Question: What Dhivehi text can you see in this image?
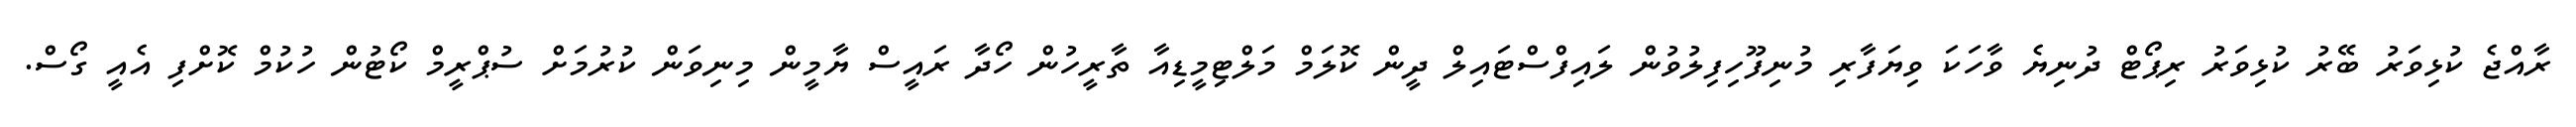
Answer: ރާއްޖެ ކުޅިވަރު ބޭރު ކުޅިވަރު ރިޕޯޓް ދުނިޔެ ވާހަކަ ވިޔަފާރި މުނިފޫހިފިލުވުން ލައިފްސްޓައިލް ދީން ކޮލަމް މަލްޓިމީޑިއާ ތާރީހުން ހޯދާ ރައީސް ޔާމީން މިނިވަން ކުރުމަށް ސުޕްރީމް ކޯޓުން ހުކުމް ކޮށްފި އެއީ ގޯސް.